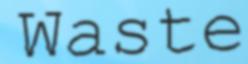
Waste